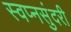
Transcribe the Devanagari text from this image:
स्वप्नसुंदरी